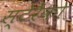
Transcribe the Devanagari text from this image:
स्टेरैंको